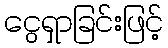
ငွေရှာခြင်းဖြင့်